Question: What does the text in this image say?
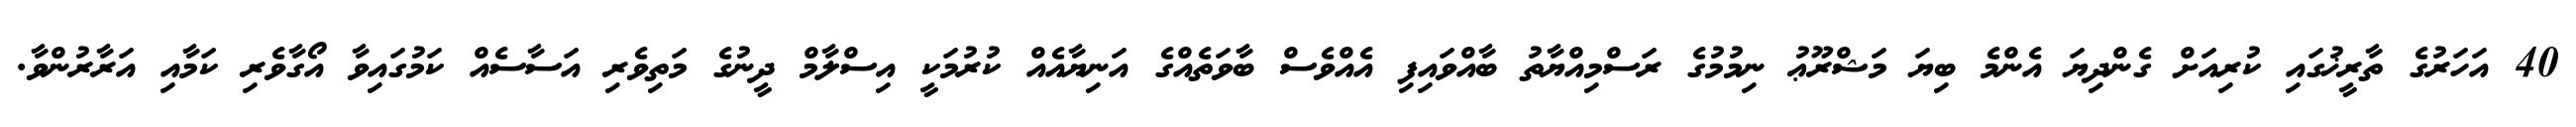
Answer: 40 އަހަރުގެ ތާރީޚުގައި ކުރިއަށް ގެންދިޔަ އެންމެ ބިޔަ މަޝްރޫޢު ނިމުމުގެ ރަސްމިއްޔާތު ބާއްވައިފި އެއްވެސް ބާވަތެއްގެ އަނިޔާއެއް ކުރުމަކީ އިސްލާމް ދީނުގެ މަތިވެރި އަސާސެއް ކަމުގައިވާ އޯގާވެރި ކަމާއި އަރާރުންވާ.